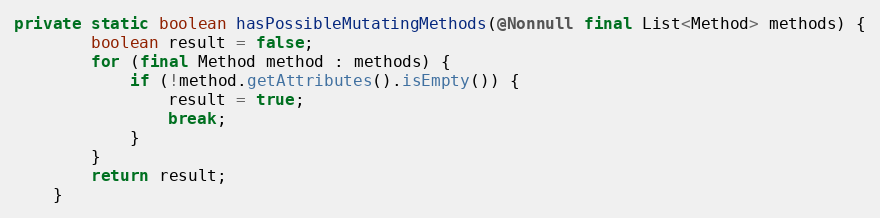
Language: Java
private static boolean hasPossibleMutatingMethods(@Nonnull final List<Method> methods) {
		boolean result = false;
		for (final Method method : methods) {
			if (!method.getAttributes().isEmpty()) {
				result = true;
				break;
			}
		}
		return result;
	}